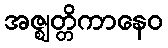
အဇ္ဈတ္တိကာနေဝ